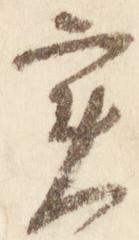
実